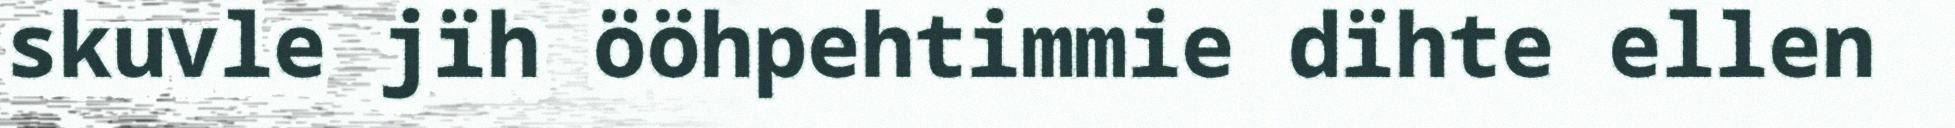
skuvle jïh ööhpehtimmie dïhte ellen